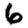
Digit: 6